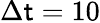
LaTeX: \Delta\mathsf{t}=10